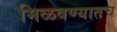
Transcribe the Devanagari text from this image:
मिळवण्यातच